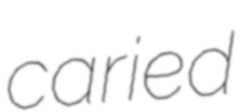
caried